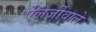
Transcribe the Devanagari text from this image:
ऐलर्जीवाले